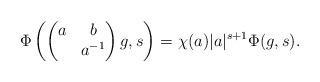
LaTeX: \begin{align*}\Phi \left( \left( \begin{matrix} a& b \\ & a^{-1} \end{matrix} \right) g , s \right) = \chi(a) |a|^{s+1} \Phi(g,s).\end{align*}